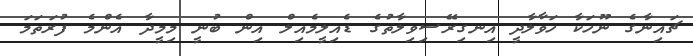
ޗައިނާގެ ނޫހަކާ ހަވާލާދީ އިނގިރޭސިވިލާތުގެ ޑެއިލީމެއިލް އިން ބުނީ މިމީދާ އެންމެ ފުރަތަމަ